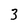
Character: 3